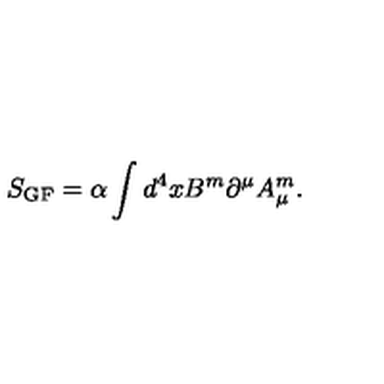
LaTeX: S _ { \mathrm { G F } } = \alpha \int d ^ { 4 } x B ^ { m } \partial ^ { \mu } A _ { \mu } ^ { m } .